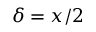
\delta = x / 2